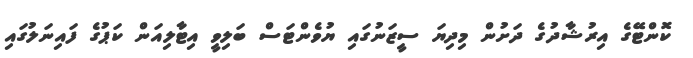
ކޮންޓޭގެ އިރުޝާދުގެ ދަށުން މިދިޔަ ސީޒަނުގައި ޔުވެންޓަސް ބަލިވީ އިޓާލިއަން ކަޕުގެ ފައިނަލުގައި